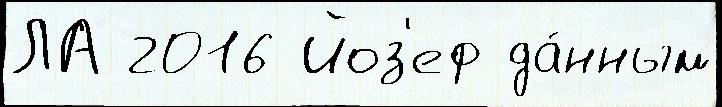
ЛА 2016 Йоз'еф да́нным